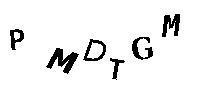
PMDTGM